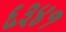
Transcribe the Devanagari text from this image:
६३४१